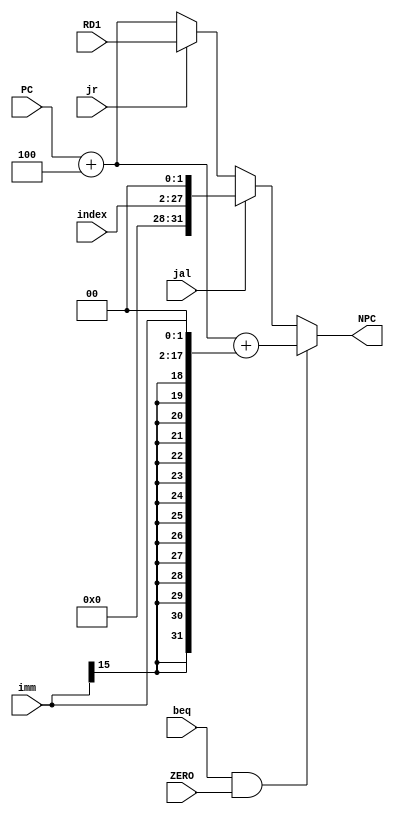
`timescale 1ns / 1ps
//////////////////////////////////////////////////////////////////////////////////
// Company: 
// Engineer: 
// 
// Design Name: 
// Module Name:    NPC 
// Project Name: 
// Target Devices: 
// Tool versions: 
// Description: 
//
// Dependencies: 
//
// Revision: 
// Revision 0.01 - File Created
// Additional Comments: 
//
//////////////////////////////////////////////////////////////////////////////////
module NPC(
    input [31:0] PC, // PC
    input [15:0] imm, //IM
	 input [25:0] index,//IM
	 input [31:0] RD1,//GRF
	 input beq,//ctrl
	 input jal,//ctrl
	 input jr,//ctrl
	 input ZERO,//ALU
    output [31:0] NPC
    );

assign NPC = (beq == 1 && ZERO == 1)? PC + 4 + {{14{imm[15]}}, imm, 1'b0, 1'b0} :
				 (jal == 1)? {{4{1'b0}},index, 1'b0, 1'b0}:
				 (jr == 1)? RD1:
				 PC + 4;

endmodule